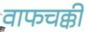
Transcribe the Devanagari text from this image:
वाफचक्की